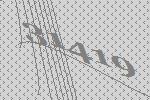
31419